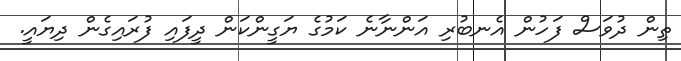
ތިން ދުވަސް ފަހުން އެނބުރި އަންނާނެ ކަމުގެ ޔަގީންކަން ދީފައި ފުރައިގެން ދިޔައީ.